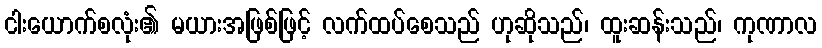
ငါးယောက်စလုံး၏ မယားအဖြစ်ဖြင့် လက်ထပ်စေသည် ဟုဆိုသည်၊ ထူးဆန်းသည်၊ ကုဏာလ